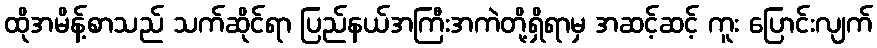
ထိုအမိန့်စာသည် သက်ဆိုင်ရာ ပြည်နယ်အကြီးအကဲတို့ရှိရာမှ အဆင့်ဆင့် ကူး ပြောင်းလျက်